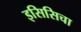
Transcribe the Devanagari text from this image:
इसिसिचा